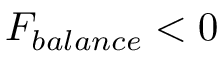
F _ { b a l a n c e } < 0